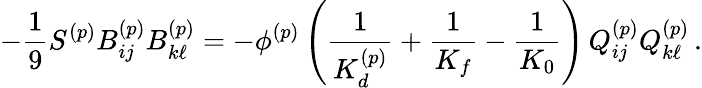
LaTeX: -\frac{1}{9}S^{(p)}B_{ij}^{(p)}B_{k\ell}^{(p)}=-\phi^{(p)}\left(\frac{1}{K_{d}^{(p)}}+\frac{1}{K_{f}}-\frac{1}{K_{0}}\right)\, Q_{ij}^{(p)}Q_{k\ell}^{(p)}\, .